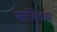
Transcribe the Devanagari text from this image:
स्तालिनाचा